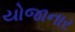
યોજાનાર